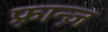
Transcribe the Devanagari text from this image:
फ़्रान्ज़